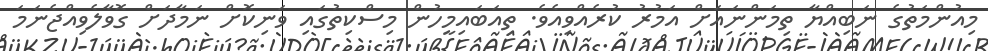
މިއުންމަތުގެ ނަބިއްޔާ ތިމަންނައަށް އަމުރު ކުރެއްވިއެވެ. ތިއަބައިމީހުން މިސްކިތުގައި ވަނިކޮށް ނަމާދަށް ގޮވާލެވިއްޖެނަމަ